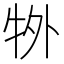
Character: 𭷜